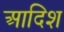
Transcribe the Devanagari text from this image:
आदिश